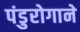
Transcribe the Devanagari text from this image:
पंडुरोगाने